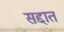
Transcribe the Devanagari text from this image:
सद्दात